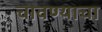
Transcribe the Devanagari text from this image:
चावण्याचा